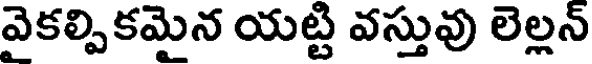
వైకల్పికమైన యట్టి వస్తువు లెల్లన్